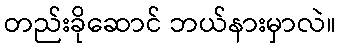
တည်းခိုဆောင် ဘယ်နားမှာလဲ။